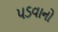
પડવાનો